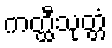
ကတ္ထီသုတ္တံ